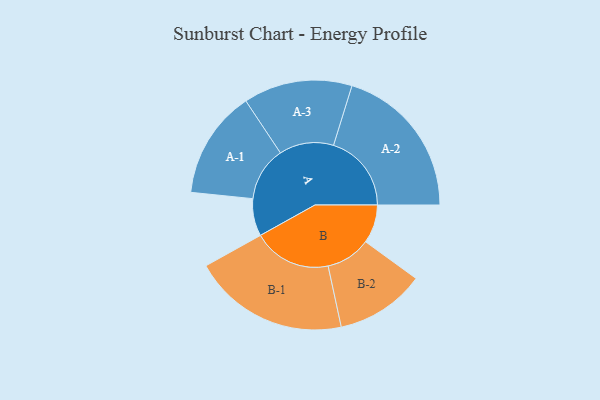
{"axis": {"x": "Segment", "y": "Value"}, "legend": ["", "A", "B"], "data": [{"x": "A", "y": 132, "type": ""}, {"x": "B", "y": 136, "type": ""}, {"x": "A-1", "y": 191, "type": "A"}, {"x": "A-2", "y": 275, "type": "A"}, {"x": "A-3", "y": 192, "type": "A"}, {"x": "B-1", "y": 276, "type": "B"}, {"x": "B-2", "y": 158, "type": "B"}]}